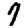
Digit: 9